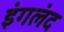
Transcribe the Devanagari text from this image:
इंगलंद